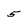
Character: 5